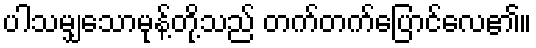
ပါသမျှသောမုန့်တို့သည် တက်တက်ပြောင်လေ၏။